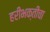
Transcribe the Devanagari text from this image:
हरीभक्तीचा